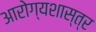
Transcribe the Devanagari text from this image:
आरोग्यशास्त्र